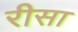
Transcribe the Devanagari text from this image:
रीसा